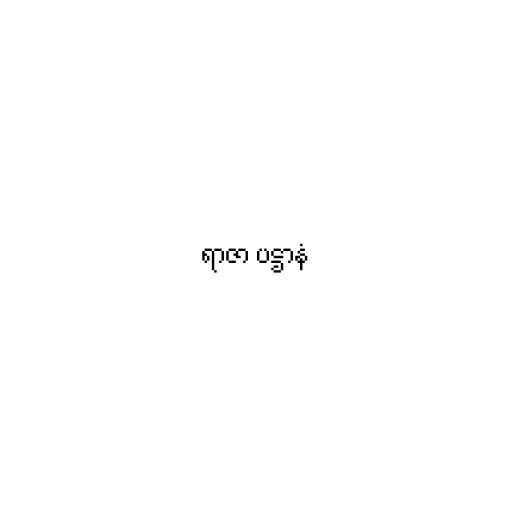
ရာဇာ ပဋ္ဌာနံ